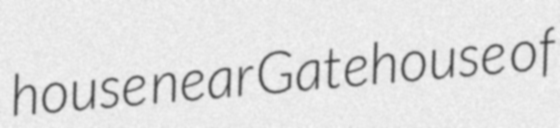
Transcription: house near Gatehouse of